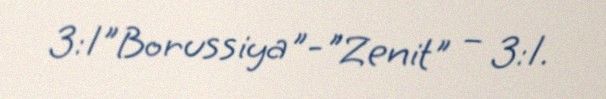
3:1"Borussiya"-"Zenit" – 3:1.